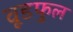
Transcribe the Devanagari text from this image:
वूडफुल